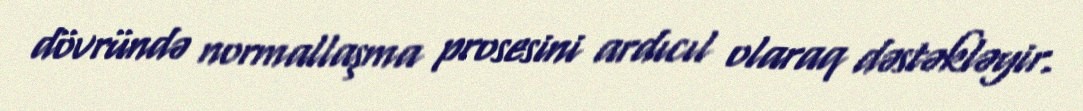
dövründə normallaşma prosesini ardıcıl olaraq dəstəkləyir.